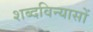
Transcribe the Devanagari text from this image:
शब्दविन्यासों